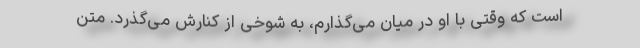
است که وقتی با او در میان می‌گذارم، به شوخی از کنارش می‌گذرد. متن